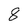
Character: 8